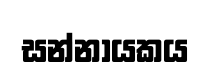
සන්නායකය